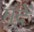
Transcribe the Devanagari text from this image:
मूंदें